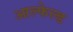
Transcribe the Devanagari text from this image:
आल्फेल्ड